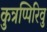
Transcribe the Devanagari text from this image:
कुत्रप्पिरिवु